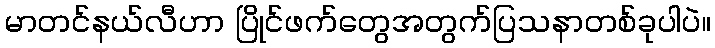
မာတင်နယ်လီဟာ ပြိုင်ဖက်တွေအတွက်ပြသနာတစ်ခုပါပဲ။